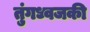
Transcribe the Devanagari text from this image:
तुंगध्वजकी